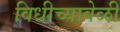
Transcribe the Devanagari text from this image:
विधीच्यावेळी